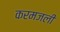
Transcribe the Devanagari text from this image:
करमजली